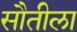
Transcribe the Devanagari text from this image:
सौतीला